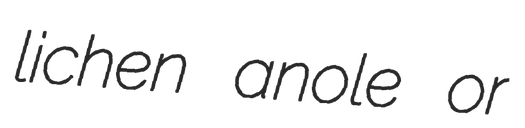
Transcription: lichen anole or